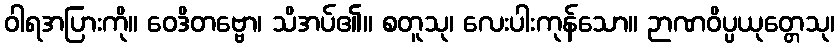
ဝါရအပြားကို။ ဝေဒိတဗ္ဗော၊ သိအပ်၏။ စတူသု၊ လေးပါးကုန်သော။ ဉာဏဝိပ္ပယုတ္တေသု၊